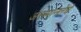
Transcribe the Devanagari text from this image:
असमानतेचे